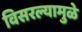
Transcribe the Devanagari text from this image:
विसरल्यामुळे